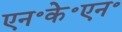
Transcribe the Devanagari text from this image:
एन॰के॰एन॰